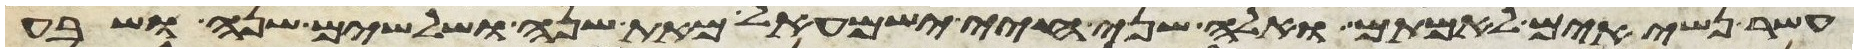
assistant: עשר נשיאים לאמתם ואלה שני חיי ישמעאל מאת שנה ושלשים שנה ושבע